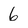
Character: 6